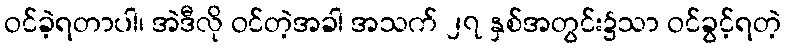
ဝင်ခဲ့ရတာပါ၊ အဲဒီလို ဝင်တဲ့အခါ အသက် ၂၇ နှစ်အတွင်း၌သာ ဝင်ခွင့်ရတဲ့